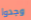
وجدوا